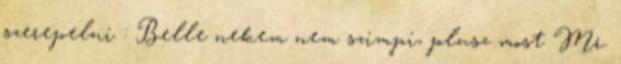
szerepelni : Belle nekem nem szimpi, plusz most Mr.